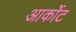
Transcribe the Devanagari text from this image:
आर्कोट